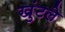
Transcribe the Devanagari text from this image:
खुंटले